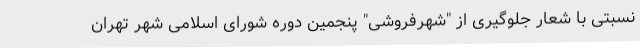
نسبتی با شعار جلوگیری از "شهرفروشی" پنجمین دوره شورای اسلامی شهر تهران